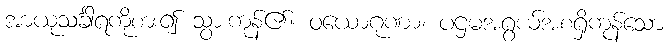
အာယုသင်္ခါရကိုစား၍ သွားကုန်၏။ ဝယောဂုဏာ၊ ပဌမအရွယ်အစရှိကုန်သော